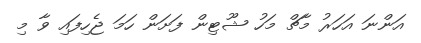
އަންނަ އަހަރު މާޗް މަހު ޝޫޓިން ފަށަން ހަމަ ޖެހިފައި ވާ މި